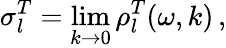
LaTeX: \sigma_{l}^{T}=\operatorname*{lim}_{k\rightarrow 0}\rho_{l}^{T}(\omega,k)\, ,